Civil Veterinary Department. Central Provinces & Berar 1932-41 - 1932-1941
Year: 1932
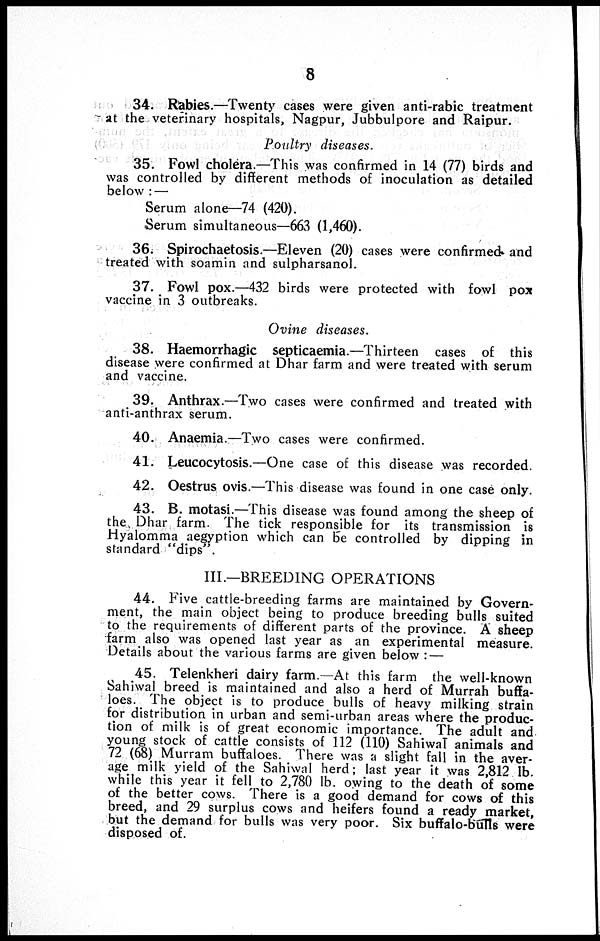
8
34. Rabies.—Twenty cases were given anti-rabic treatment
at the veterinary hospitals, Nagpur, Jubbulpore and Raipur.
Poultry diseases.
35. Fowl cholera.—This was confirmed in 14 (77) birds and
was controlled by different methods of inoculation as detailed
below :—
Serum alone—74 (420).
Serum simultaneous—663 (1,460).
36. Spirochaetosis.—Eleven (20) cases were confirmed and
treated with soamin and sulpharsanol.
37. Fowl pox.—432 birds were protected with fowl pox
vaccine in 3 outbreaks.
Ovine diseases.
38. Haemorrhagic septicaemia.—Thirteen cases of this
disease were confirmed at Dhar farm and were treated with serum
and vaccine.
39. Anthrax.—Two cases were confirmed and treated with
anti-anthrax serum.
40. Anaemia.—Two cases were confirmed.
41. Leucocytosis.—One case of this disease was recorded.
42. Oestrus ovis.—This disease was found in one case only.
43. B. motasi—This disease was found among the sheep of
the Dhar farm. The tick responsible for its transmission is
Hyalomma aegyption which can be controlled by dipping in
standard "dips".
III.—BREEDING OPERATIONS
44. Five cattle-breeding farms are maintained by Govern-
ment, the main object being to produce breeding bulls suited
to the requirements of different parts of the province. A sheep
farm also was opened last year as an experimental measure.
Details about the various farms are given below :—
45. Telenkheri dairy farm.—At this farm the well-known
Sahiwal breed is maintained and also a herd of Murrah buffa-
loes. The object is to produce bulls of heavy milking strain
for distribution in urban and semi-urban areas where the produc-
tion of milk is of great economic importance. The adult and
young stock of cattle consists of 112 (110) Sahiwal animals and
72 (68) Murram buffaloes. There was a slight fall in the aver-
age milk yield of the Sahiwal herd; last year it was 2,812 lb.
while this year it fell to 2,780 lb. owing to the death of some
of the better cows. There is a good demand for cows of this
breed, and 29 surplus cows and heifers found a ready market,
but the demand for bulls was very poor. Six buffalo-bulls were
disposed of.